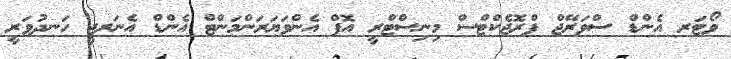
ވޯޓަރ އެންޑް ސްވަރޭޖް ޕްރޮޖެކްޓްސް މިނިސްޓްރީ އޮފް އެންވަޔަރަންމަންޓް އެންޑް އެނަރޖީ ހަނދުވަރީ